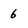
Character: 6